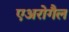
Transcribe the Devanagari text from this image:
एअरोगैल